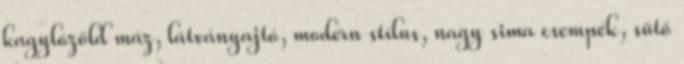
kagylózöld máz, látványajtó, modern stílus, nagy sima csempék, sütő